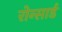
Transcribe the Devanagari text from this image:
रोन्सार्ड